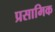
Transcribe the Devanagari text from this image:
प्रसामिक